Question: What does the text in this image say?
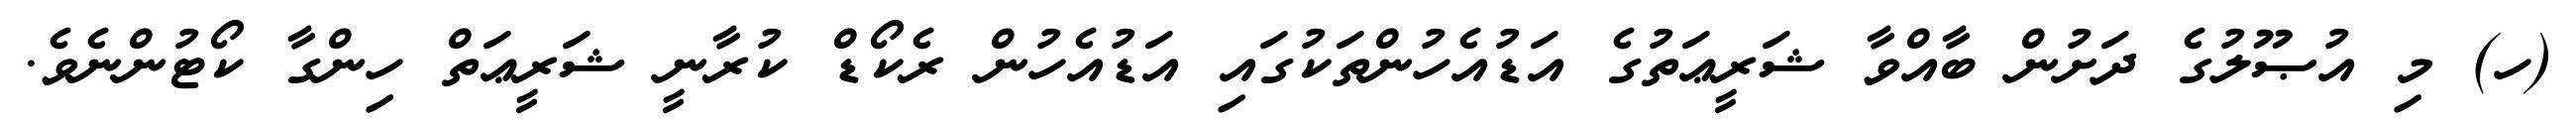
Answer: (ހ) މި އުޞޫލުގެ ދަށުން ބާއްވާ ޝަރީޢަތުގެ އަޑުއެހުންތަކުގައި އަޑުއެހުން ރެކޯޑް ކުރާނީ ޝަރީޢަތް ހިންގާ ކޯޓުންނެވެ.